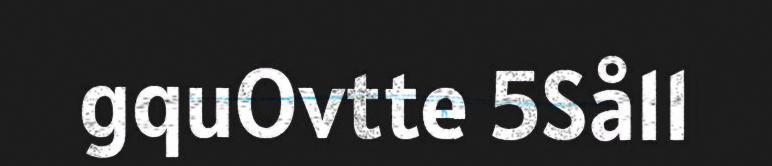
gquOvtte 5Så11